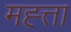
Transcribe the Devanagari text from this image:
मह्त्ता